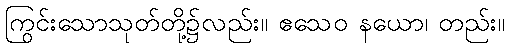
ကြွင်းသောသုတ်တို့၌လည်း။ ဧသေဝ နယော၊ တည်း။